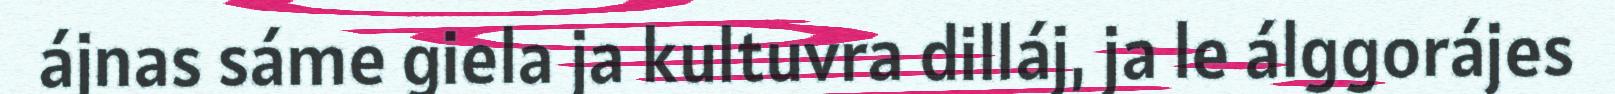
ájnas sáme giela ja kultuvra dilláj, ja le álggorájes